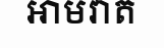
អាមវាត